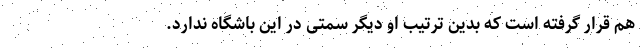
هم قرار گرفته است که بدین ترتیب او دیگر سمتی در این باشگاه ندارد.